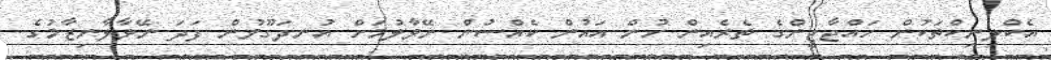
އެކްލިނިކްތަކުން ހައްޖާޖީންގެ ތެރެއިން ހުން އައުން ކެއްސުން ނޭވާލުމަށް އުނދަގޫވުން ފަދަ ނޭވާލާނިޒާމުގެ